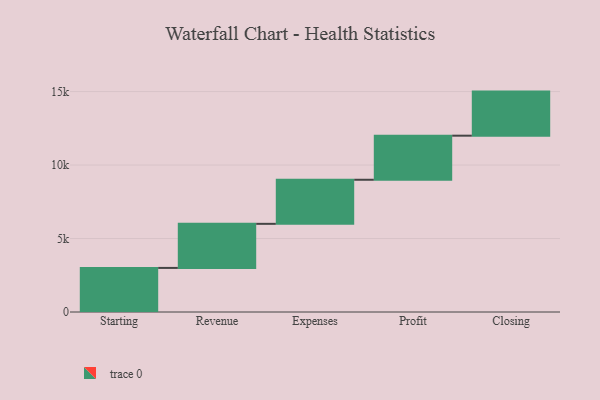
{"axis": {"x": "Step", "y": "Value"}, "legend": [""], "data": [{"x": "Starting", "y": 3000, "type": ""}, {"x": "Revenue", "y": 3000, "type": ""}, {"x": "Expenses", "y": 3000, "type": ""}, {"x": "Profit", "y": 3000, "type": ""}, {"x": "Closing", "y": 3000, "type": ""}]}